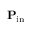
\mathbf { P } _ { \mathrm { i n } }